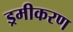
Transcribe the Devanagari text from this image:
ड्रमीकरण